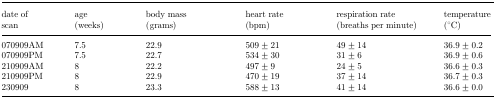
<table><thead><tr><td><b>date of scan</b></td><td><b>age (weeks)</b></td><td><b>body mass (grams)</b></td><td><b>heart rate (bpm)</b></td><td><b>respiration rate (breaths per minute)</b></td><td><b>temperature (°C)</b></td></tr></thead><tbody><tr><td>070909AM</td><td>7.5</td><td>22.9</td><td>509 ± 21</td><td>49 ± 14</td><td>36.9 ± 0.2</td></tr><tr><td>070909PM</td><td>7.5</td><td>22.7</td><td>534 ± 30</td><td>31 ± 6</td><td>36.9 ± 0.6</td></tr><tr><td>210909AM</td><td>8</td><td>22.2</td><td>497 ± 9</td><td>24 ± 5</td><td>36.6 ± 0.3</td></tr><tr><td>210909PM</td><td>8</td><td>22.9</td><td>470 ± 19</td><td>37 ± 14</td><td>36.7 ± 0.3</td></tr><tr><td>230909</td><td>8</td><td>23.3</td><td>588 ± 13</td><td>41 ± 14</td><td>36.6 ± 0.0</td></tr></tbody></table>